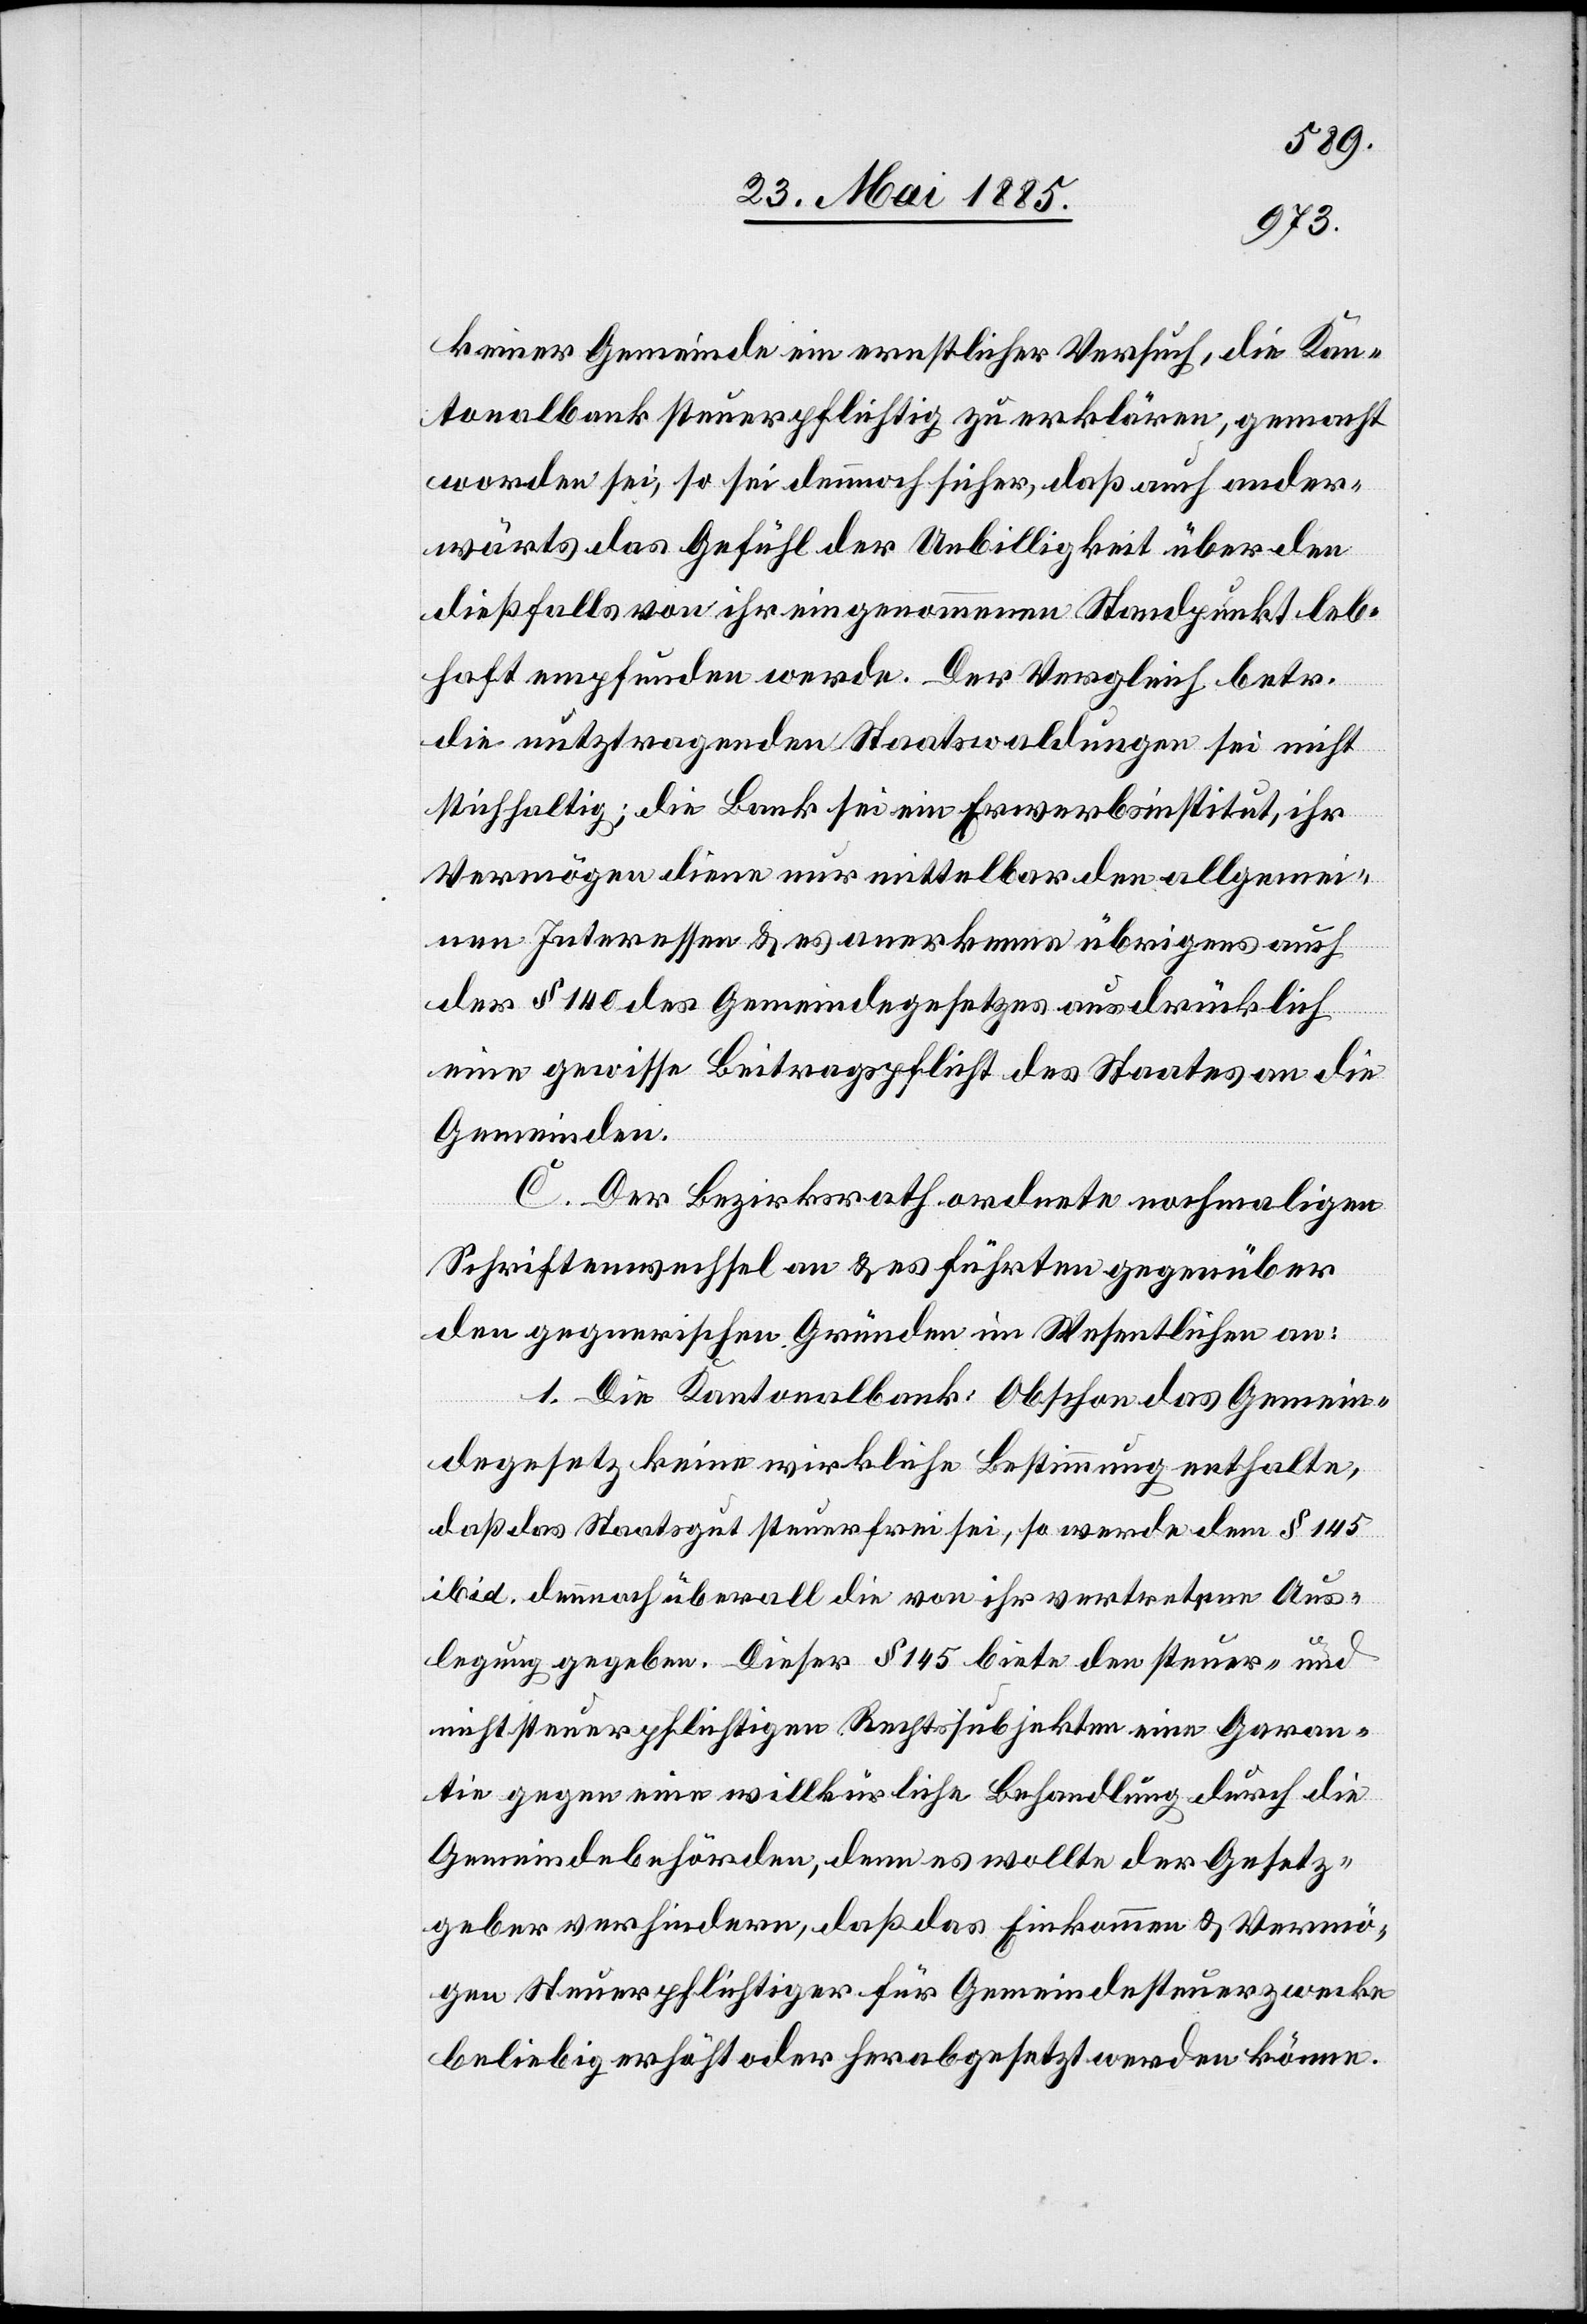
keiner Gemeinde ein ernstlicher Versuch, die Kan¬
tonalbank steuerpflichtig zu erklären, gemacht
worden sei, so sei dennoch sicher, daß auch ander¬
wärts das Gefühl der Unbilligkeit über den
dießfalls von ihr eingenommenen Standpunkt leb¬
haft empfunden werde. Der Vergleich betr.
die nutztragenden Staatswaldungen sei nicht
stichhaltig; die Bank sei ein Erwerbsinstitut, ihr
Vermögen diene nur mittelbar den allgemei¬
nen Interessen & es anerkenne übrigens auch
der § 140 des Gemeindegesetzes ausdrücklich
eine gewisse Beitragspflicht des Staates an die
Gemeinden.
C. Der Bezirksrath ordnete nochmaligen
Schriftenwechsel an & es führten gegenüber
den gegnerischen Gründen im Wesentlichen an:
1. Die Kantonalbank: Obschon das Gemein¬
degesetz keine wirkliche Bestimmung enthalte,
daß das Staatsgut steuerfrei sei, so werde dem § 145
ibid. dennoch überall die von ihr vertretene Aus¬
legung gegeben. Dieser § 145 biete den steuer- und
nicht steuerpflichtigen Rechtssubjekten eine Garan¬
tie gegen eine willkürliche Behandlung durch die
Gemeindebehörden, denn es wollte der Gesetz¬
geber verhindern, daß das Einkommen & Vermö¬
gen Steuerpflichtiger für Gemeindesteuerzwecke
beliebig erhöht oder herabgesetzt werden könne.